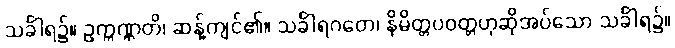
သင်္ခါရ၌။ ဥက္ကဏ္ဌတိ၊ ဆန့်ကျင်၏။ သင်္ခါရဂတေ၊ နိမိတ္တပဝတ္တဟုဆိုအပ်သော သင်္ခါရ၌။